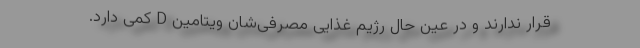
قرار ندارند و در عین حال رژیم غذایی مصرفی‌شان ویتامین D کمی دارد.